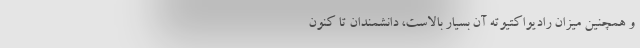
و همچنین میزان رادیو‌اکتیوتهٔ آن بسیار بالاست، دانشمندان تا کنون